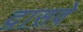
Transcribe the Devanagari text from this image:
दासवे